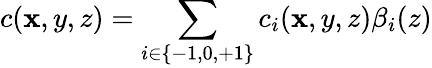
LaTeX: c(\mathbf{x},y,z)=\sum_{i\in\{ -1,0,+1\} }c_{i}(\mathbf{x},y,z)\beta_{i}(z)